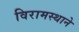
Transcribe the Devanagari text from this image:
विरामस्थाने